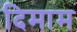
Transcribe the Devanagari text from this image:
दिमाम